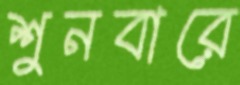
শুনবারে